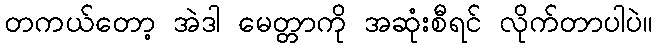
တကယ်တော့ အဲဒါ မေတ္တာကို အဆုံးစီရင် လိုက်တာပါပဲ။